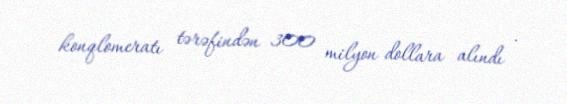
konqlomeratı tərəfindən 300 milyon dollara alındı .